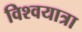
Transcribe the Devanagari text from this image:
विश्वयात्रा